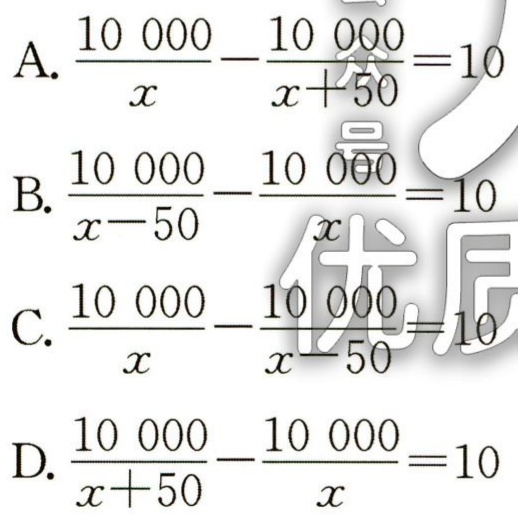
A. \(\frac{10\ 000}{x}-\frac{10\ 000}{x + 50}=10\)

B. \(\frac{10\ 000}{x - 50}-\frac{10\ 000}{x}=10\)

C. \(\frac{10\ 000}{x}-\frac{10\ 000}{x - 50}=10\)

D. \(\frac{10\ 000}{x + 50}-\frac{10\ 000}{x}=10\)